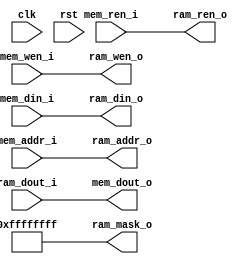

module si_mem_access #(
    parameter MEM_DW = 32,
    parameter MEM_AW = 32,
    parameter RAM_DW = 32,
    parameter RAM_AW = 32
)(
    input                   clk,
    input                   rst,

    input                   mem_ren_i,
    input                   mem_wen_i,
    input   [MEM_AW-1:0]    mem_addr_i,
    input   [MEM_DW-1:0]    mem_din_i,
    output  [MEM_DW-1:0]    mem_dout_o,

    output                  ram_ren_o,
    output                  ram_wen_o,
    output  [RAM_AW-1:0]    ram_addr_o,
    output  [RAM_DW-1:0]    ram_mask_o,
    output  [RAM_DW-1:0]    ram_din_o,
    input   [RAM_DW-1:0]    ram_dout_i
);

assign ram_ren_o = mem_ren_i ;
assign ram_wen_o = mem_wen_i ;
assign ram_addr_o = mem_addr_i ;
assign ram_mask_o = {(RAM_DW){1'b1}} ;
assign ram_din_o = mem_din_i ;
assign mem_dout_o = ram_dout_i ;

endmodule